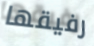
رفيقها